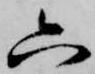
六